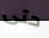
حتى